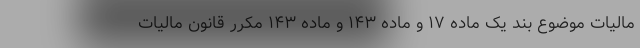
مالیات موضوع بند یک ماده ۱۷ و ماده ۱۴۳ و ماده ۱۴۳ مکرر قانون مالیات